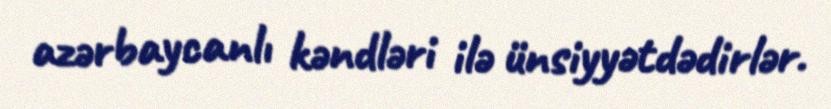
azərbaycanlı kəndləri ilə ünsiyyətdədirlər.